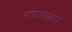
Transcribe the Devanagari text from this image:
स्टेशनासमोरून